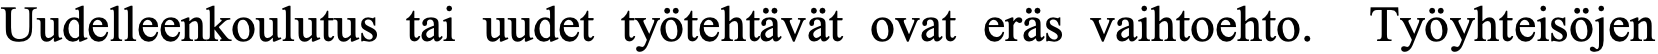
Uudelleenkoulutus tai uudet työtehtävät ovat eräs vaihtoehto. Työyhteisöjen